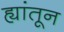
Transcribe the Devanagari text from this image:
ह्यांतून